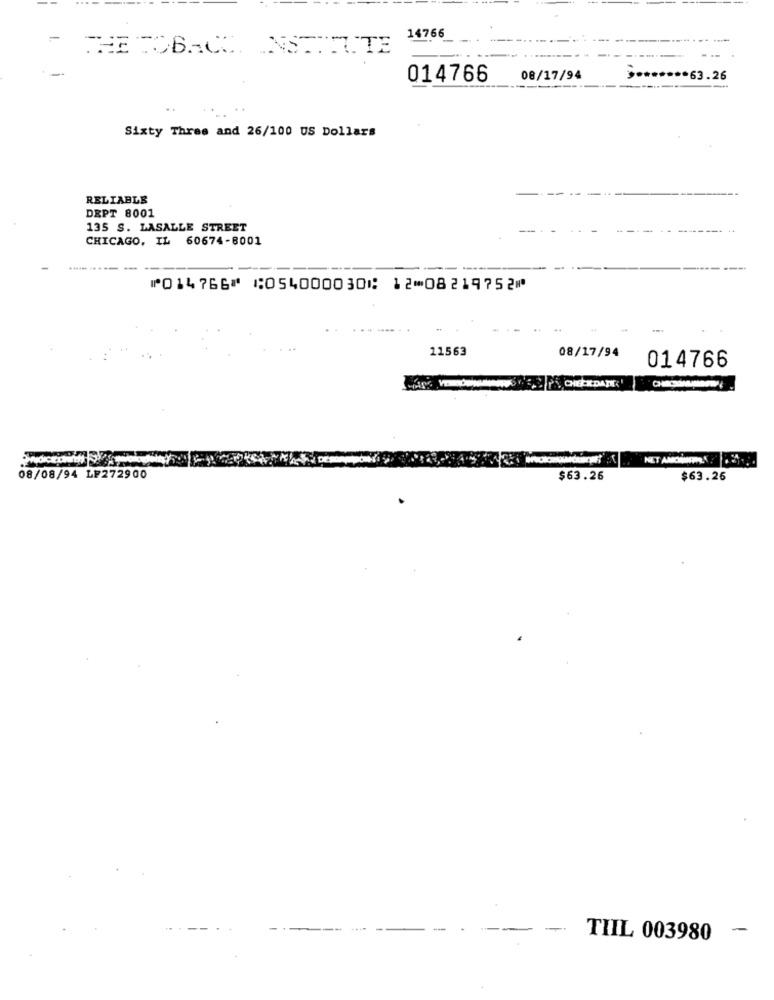
14766
THE TOBACCO INSTITUTE
014766
08/17/94
** 63.26
Sixty Three and 26/100 US Dollars
RELIABLE
DEPT 8001
135 S. LASALLE STREET
CHICAGO, IL 60674-8001
---
⑈014766⑈ ⑆054000030⑆ 12⑉08219752⑈
11563
08/17/94
014766
NET AMOREPER
08/08/94 LP272900
$63.26
$63.26
-
-
-
TIIL 003980